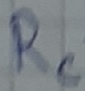
Text: Rc